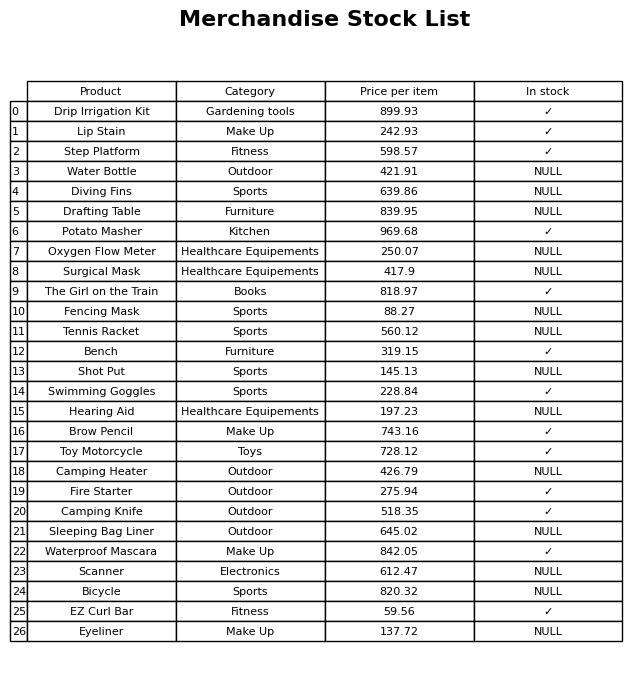
question: What is the price of the Lip Stain?
answer: The price of Lip Stain is 242.93.